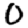
Digit: 0